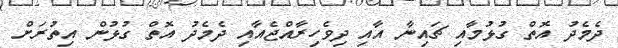
ދެމެދު އޮތް ގުޅުމާއި ޗައިނާ އާއި ދިވެހިރާއްޖެއާއި ދެމެދު އޮތް ގުޅުން އިތުރަށް